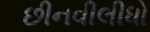
છીનવીલીધો